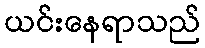
ယင်းနေရာသည်